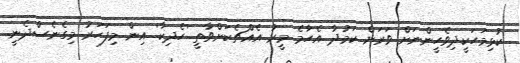
ކުޅިމަހަކީދިވެހީންނަށް ވަރަށް ކަމުދާ އެހާމެ މީރު އެއްޗެކަށްވާތީ 'ހެދިކާ' އިން މިފަހަރު މިގެނެސްދެނީ